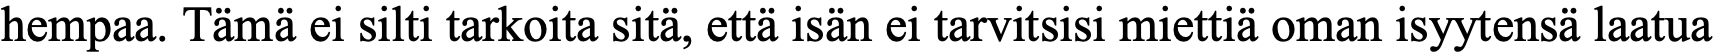
hempaa. Tämä ei silti tarkoita sitä, että isän ei tarvitsisi miettiä oman isyytensä laatua